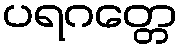
ပရဂတ္တေ